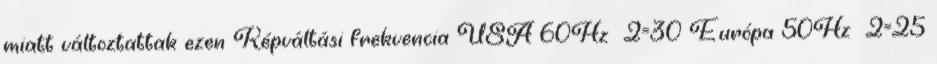
miatt változtattak ezen Képváltási frekvencia USA 60Hz 2=30 Európa 50Hz 2=25